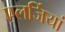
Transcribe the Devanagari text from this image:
एलर्जियां